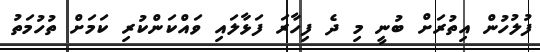
ފުލުހުން އިތުރަށް ބުނީ މި ދެ ފިހާރަ ފަޅާލައި ވައްކަންކުރި ކަމަށް ތުހުމަތު